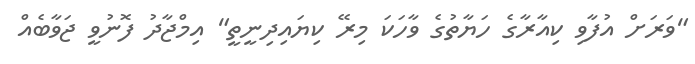
"ވަރަށް އުފާވި ކިއާރާގެ ހަޔާތުގެ ވާހަކަ މިރޭ ކިޔައިދިނީތީ" އިމްޖާދު ފޮނުވީ ޖަވާބެއް